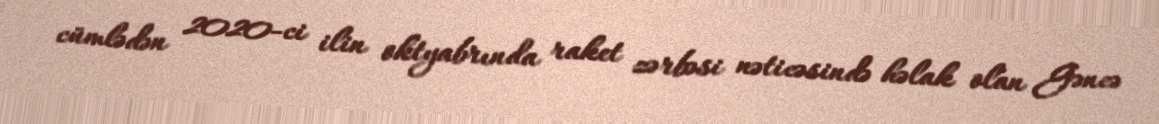
cümlədən 2020-ci ilin oktyabrında raket zərbəsi nəticəsində həlak olan Gəncə